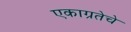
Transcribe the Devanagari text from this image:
एकाग्रतेचे